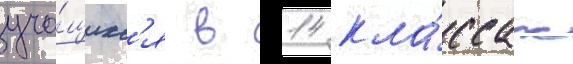
уча́щихс'я в 14 кла́ссах